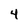
Character: 4